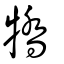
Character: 犞